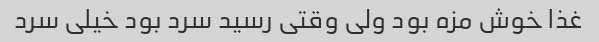
غذا خوش مزه بود ولی وقتی رسید سرد بود خیلی سرد